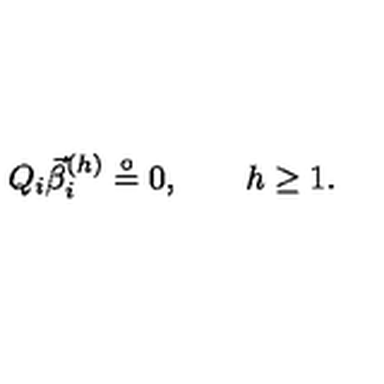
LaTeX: Q _ { i } \vec { \beta } _ { i } ^ { ( h ) } \stackrel { \circ } { = } { 0 } , \quad \quad h \geq 1 .